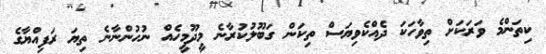
ކިތަންމެ ވަރަކަށް ތިވާހަކަ ދެއްކެވިޔަސް ތިކަން ގަބޫލުކުރާނެ މީދޫމީހެއް ނުހުންނާނެ ތިޔަ ރަފިއްޔާގެ